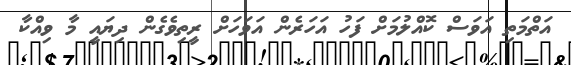
އަތްމަތި އަވަސް ކޮއްލުމަށް ފަހު އަހަރެން އަވަހަށް ރީތިވެގެން ދިޔައީ މާ ވިއްކާ